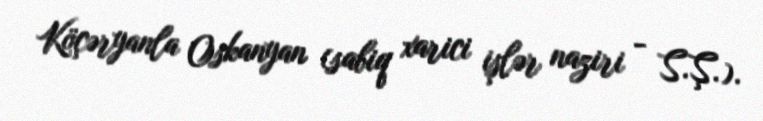
Köçəryanla Oskanyan (sabiq xarici işlər naziri - S.Ş.).